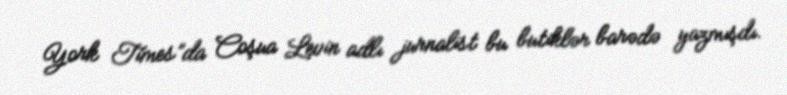
York Times”da Coşua Levin adlı jurnalist bu butiklər barədə yazmışdı.